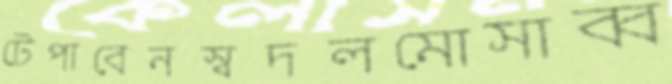
টেপাবেনস্বদলমোসাব্ব